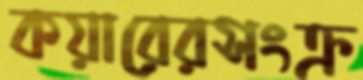
কয়ারেরসংক্র